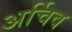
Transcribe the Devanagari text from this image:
अर्चिव